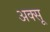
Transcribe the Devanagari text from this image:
अक्सू